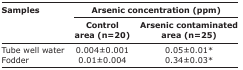
<table><thead><tr><td rowspan="3"><b>Samples</b></td><td colspan="2"><b>Arsenic concentration (ppm)</b></td></tr><tr><td><b>Control area (n=20)</b></td><td><b>Arsenic contaminated area (n=25)</b></td></tr></thead><tbody><tr><td>Tube well water</td><td>0.004±0.001</td><td>0.05±0.01*</td></tr><tr><td>Fodder</td><td>0.01±0.004</td><td>0.34±0.03*</td></tr></tbody></table>